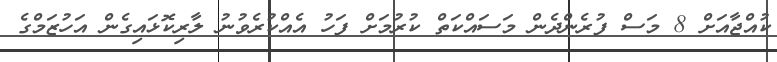
ކުއްޖާއަށް 8 މަސް ފުރެންދެން މަސައްކަތް ކުރުމަށް ފަހު އެއްކުރެވުނު ލާރިކޮޅައިގެން އަހުޒަމްގެ